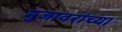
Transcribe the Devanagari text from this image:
मुजावरांच्या